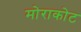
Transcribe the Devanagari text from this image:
मोराकोट